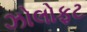
ઝોલોફટ